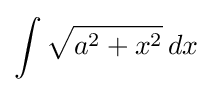
\int {\sqrt {a^{2}+x^{2}}}\,dx